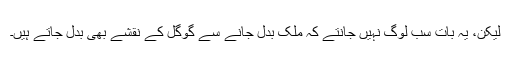
لیکن، یہ بات سب لوگ نہیں جانتے کہ ملک بدل جانے سے گوگل کے نقشے بھی بدل جاتے ہیں۔